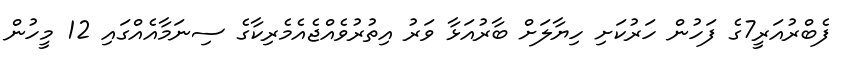
ފެބްރުއަރީ7ގެ ފަހުން ހަރުކަށި ހިޔާލަށް ބާރުއަޅާ ވަރު އިތުރުވެއްޖެއެމެރިކާގެ ސިނަމާއެއްގައި 12 މީހުން